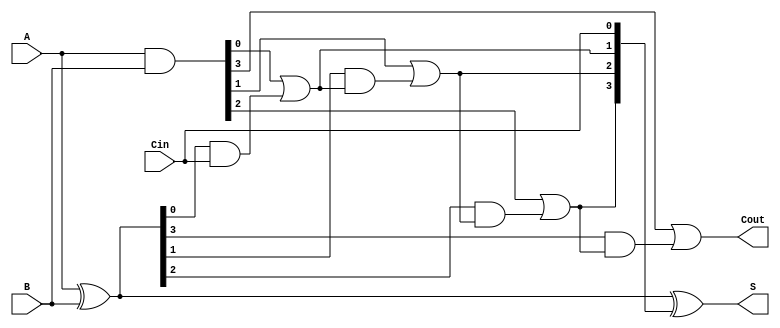
module Sklansky_Adder #(parameter n = 4) (
    input  [n-1:0] A,      // n-bit input A
    input  [n-1:0] B,      // n-bit input B
    input         Cin,      // Carry input
    output [n-1:0] S,      // n-bit sum output
    output        Cout      // Carry output
);

    // Generate and Propagate signals
    wire [n-1:0] G; // Generate
    wire [n-1:0] P; // Propagate
    wire [n:0] C;   // Carry signals

    // Generate and Propagate calculations
    assign G = A & B;      // G[i] = A[i] & B[i]
    assign P = A ^ B;      // P[i] = A[i] ^ B[i]

    // Carry calculations
    assign C[0] = Cin;     // C[0] = Cin

    genvar i;
    generate
        for (i = 0; i < n; i = i + 1) begin : carry_calc
            if (i == 0) begin
                assign C[i + 1] = G[i] | (P[i] & C[i]); // C[1] = G[0] | (P[0] & C[0])
            end else begin
                assign C[i + 1] = G[i] | (P[i] & C[i]); // C[i + 1] = G[i] | (P[i] & C[i])
            end
        end
    endgenerate

    // Sum calculation
    assign S = P ^ C[n-1:0]; // S[i] = P[i] ^ C[i]

    // Final carry output
    assign Cout = C[n];      // Cout = C[n]

endmodule